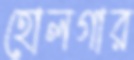
হোলগার